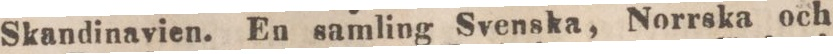
Skandinavien. En samling Svenska, Norrska och